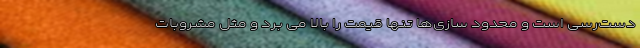
دست‌رسی است و محدود سازی‌ها تنها قیمت را بالا می برد و مثل مشروبات